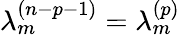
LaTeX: \lambda_{m}^{(n-p-1)}=\lambda_{m}^{(p)}